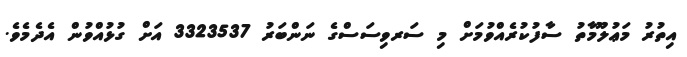
އިތުރު މަޢުލޫމާތު ސާފުކުރެއްވުމަށް މި ސަރވިސަސްގެ ނަންބަރު 3323537 އަށް ގުޅުއްވުން އެދެމެވެ.